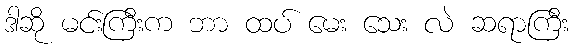
ဒါဆို မင်းကြီးက ဘာ ထပ် မေး သေး လဲ ဆရာကြီး